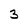
Character: 3